Civil Veterinary Dept. Assam report 1927-50 - 1927-1950
Year: 1927
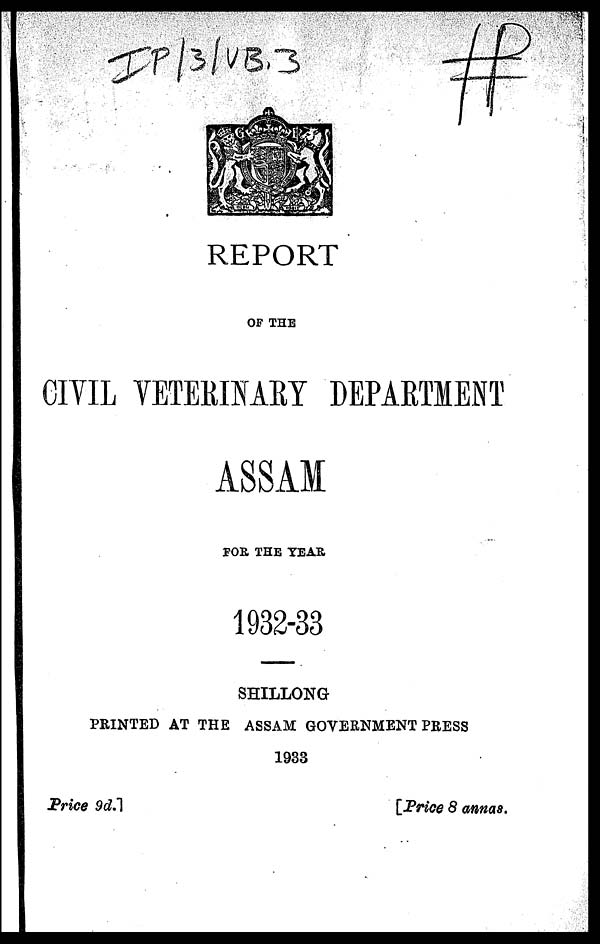
REPORT
OF THE
CIVIL VETERINARY DEPARTMENT
ASSAM
FOE THE TEAR
1932-33
SHILLONG
PRINTED AT THE ASSAM GOVERNMENT PRESS
1933
Price 9d.]
[Price 8 annas.